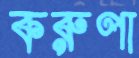
করুণা